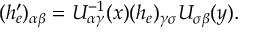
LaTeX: ( h _ { e } ^ { \prime } ) _ { \alpha \beta } = U _ { \alpha \gamma } ^ { - 1 } ( x ) ( h _ { e } ) _ { \gamma \sigma } U _ { \sigma \beta } ( y ) .